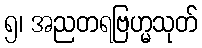
၅၊ အညတရဗြဟ္မသုတ်